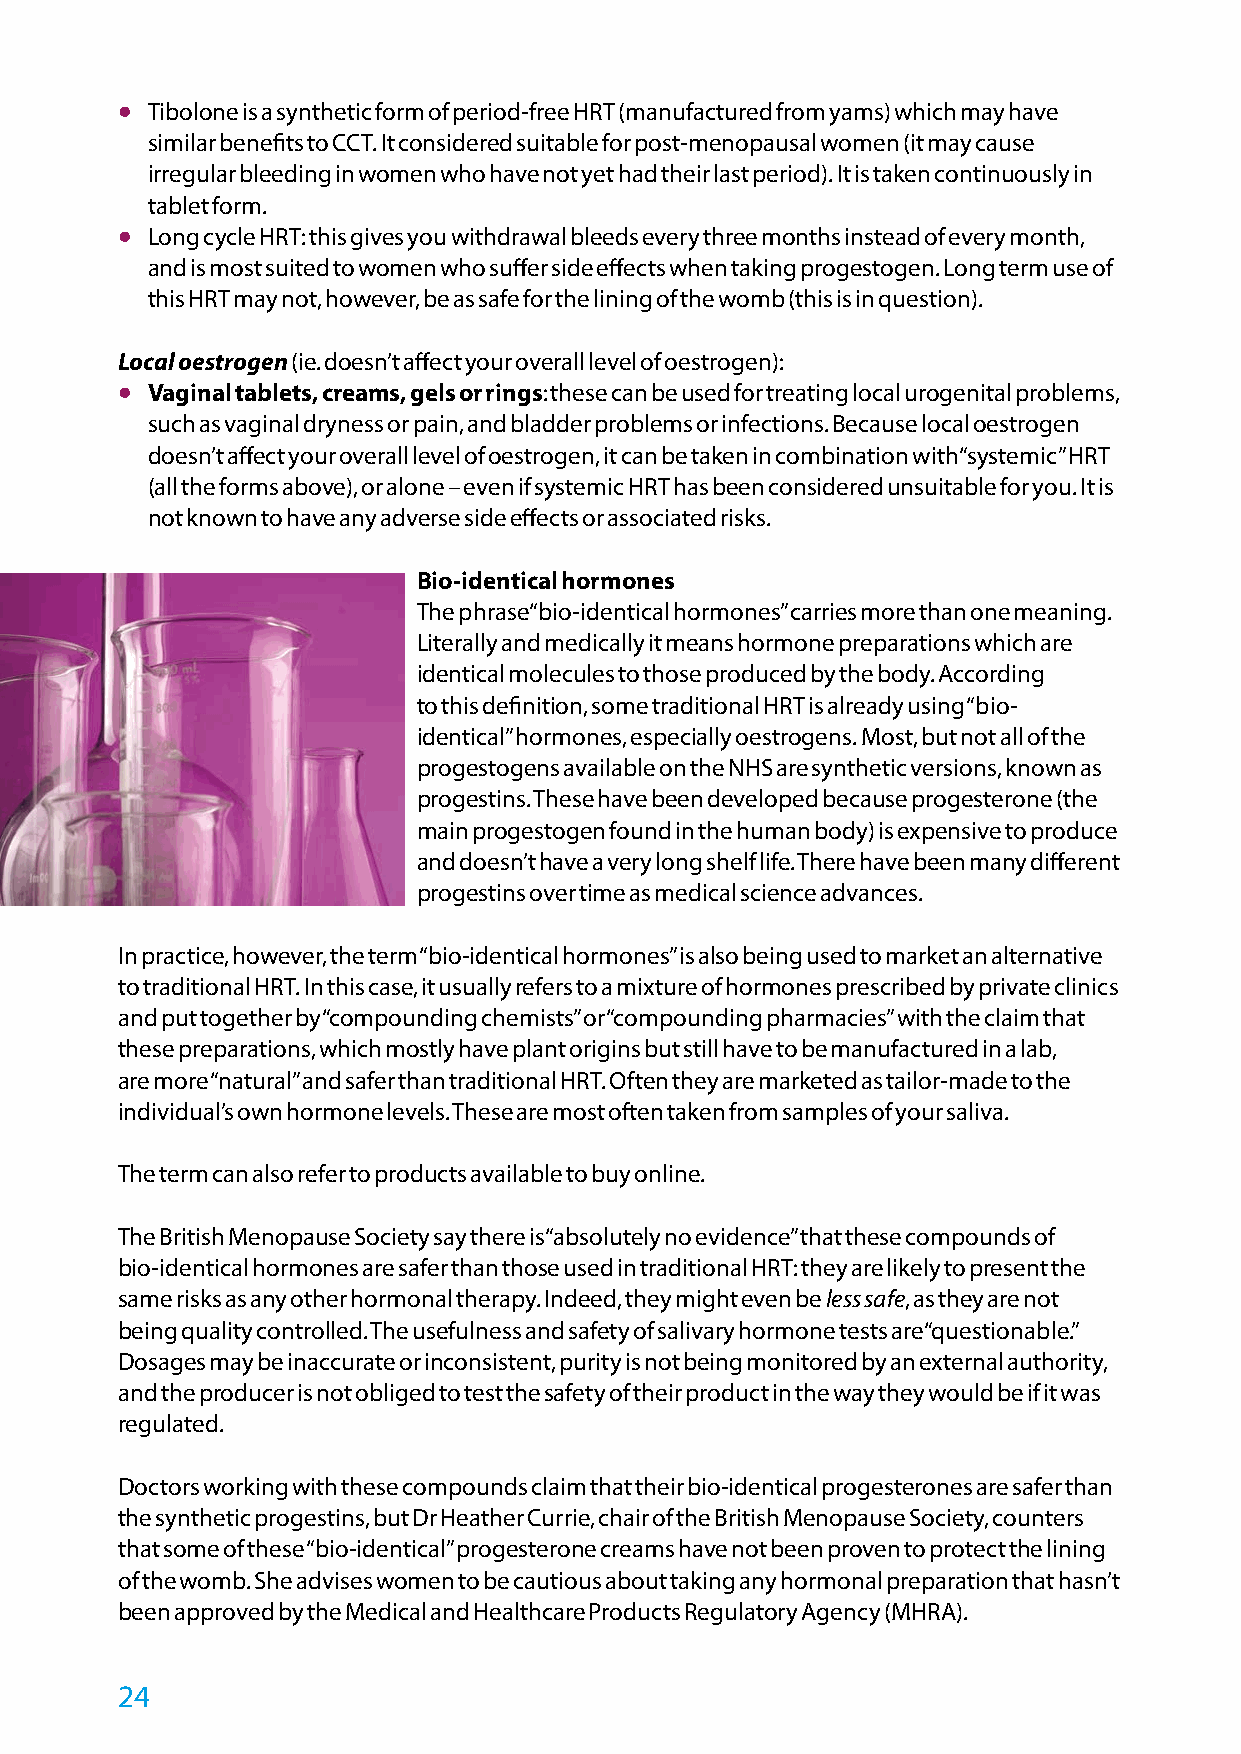
•
 Tibolone is a synthetic form of period-free HRT (manufactured from yams) which may have
 similar benefits to CCT. It considered suitable for post-menopausal women (it may cause
 irregular bleeding in women who have not yet had their last period). It is taken continuously in
 tablet form.
 •
 Long cycle HRT: this gives you withdrawal bleeds every three months instead of every month,
 and is most suited to women who suffer side effects when taking progestogen. Long term use of
 this HRT may not, however, be as safe for the lining of the womb (this is in question).
 Local oestrogen (ie. doesn’t affect your overall level of oestrogen):
 •
 Vaginal tablets, creams, gels or rings: these can be used for treating local urogenital problems,
 such as vaginal dryness or pain, and bladder problems or infections. Because local oestrogen
 doesn’t affect your overall level of oestrogen, it can be taken in combination with “systemic” HRT
 (all the forms above), or alone – even if systemic HRT has been considered unsuitable for you. It is
 not known to have any adverse side effects or associated risks.
 Bio-identical hormones
 The phrase “bio-identical hormones” carries more than one meaning.
 Literally and medically it means hormone preparations which are
 identical molecules to those produced by the body. According
 to this definition, some traditional HRT is already using “bio-
 identical” hormones, especially oestrogens. Most, but not all of the
 progestogens available on the NHS are synthetic versions, known as
 progestins. These have been developed because progesterone (the
 main progestogen found in the human body) is expensive to produce
 and doesn’t have a very long shelf life. There have been many different
 progestins over time as medical science advances.
 In practice, however, the term “bio-identical hormones” is also being used to market an alternative
 to traditional HRT. In this case, it usually refers to a mixture of hormones prescribed by private clinics
 and put together by “compounding chemists” or “compounding pharmacies” with the claim that
 these preparations, which mostly have plant origins but still have to be manufactured in a lab,
 are more “natural” and safer than traditional HRT. Often they are marketed as tailor-made to the
 individual’s own hormone levels. These are most often taken from samples of your saliva.
 The term can also refer to products available to buy online.
 The British Menopause Society say there is “absolutely no evidence” that these compounds of
 bio-identical hormones are safer than those used in traditional HRT: they are likely to present the
 same risks as any other hormonal therapy. Indeed, they might even be less safe, as they are not
 being quality controlled. The usefulness and safety of salivary hormone tests are “questionable.”
 Dosages may be inaccurate or inconsistent, purity is not being monitored by an external authority,
 and the producer is not obliged to test the safety of their product in the way they would be if it was
 regulated.
 Doctors working with these compounds claim that their bio-identical progesterones are safer than
 the synthetic progestins, but Dr Heather Currie, chair of the British Menopause Society, counters
 that some of these “bio-identical” progesterone creams have not been proven to protect the lining
 of the womb. She advises women to be cautious about taking any hormonal preparation that hasn’t
 been approved by the Medical and Healthcare Products Regulatory Agency (MHRA).
 24